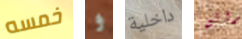
خمسه و داخلية رائع